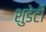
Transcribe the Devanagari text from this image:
शुडेटी